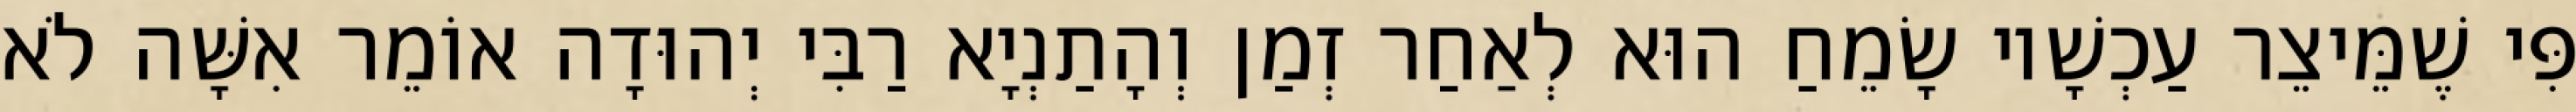
פִּי שֶׁמֵּיצֵר עַכְשָׁיו שָׂמֵחַ הוּא לְאַחַר זְמַן וְהָתַנְיָא רַבִּי יְהוּדָה אוֹמֵר אִשָּׁה לֹא